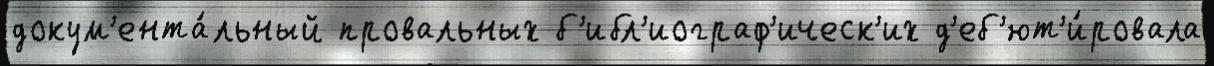
докум'ента́льный провальных б'ибл'иограф'ическ'их д'еб'ют'и́ровала